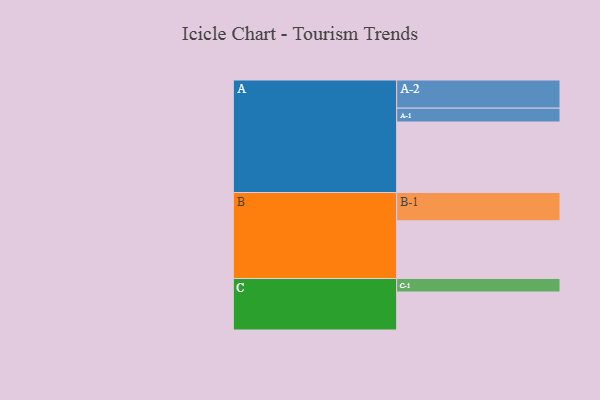
{"axis": {"x": "Segment", "y": "Value"}, "legend": ["", "A", "B", "C"], "data": [{"x": "A", "y": 579, "type": ""}, {"x": "B", "y": 474, "type": ""}, {"x": "C", "y": 312, "type": ""}, {"x": "A-1", "y": 114, "type": "A"}, {"x": "A-2", "y": 231, "type": "A"}, {"x": "B-1", "y": 232, "type": "B"}, {"x": "C-1", "y": 111, "type": "C"}]}